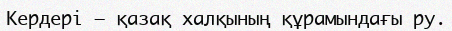
Кердері – қазақ халқының құрамындағы ру.